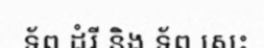
ទ័ព ដំរី និង ទ័ព សេះ